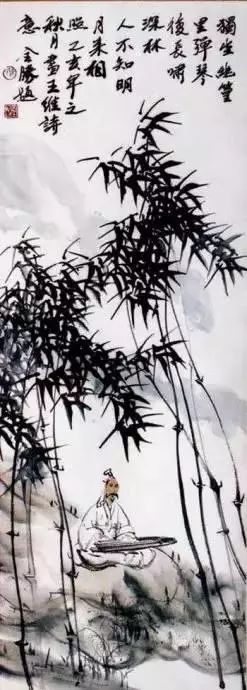
惊回千里梦，已三更。起来独自绕阶行。